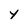
Character: y